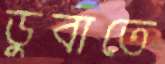
ডুবাতে